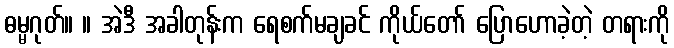
ဓမ္မဂုတ်။ ။ အဲဒီ အခါတုန်းက ရေစက်မချခင် ကိုယ်တော် ပြောဟောခဲ့တဲ့ တရားကို